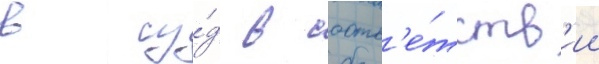
в су́д в соотв'е́тств'ии